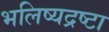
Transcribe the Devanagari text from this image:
भलिष्यद्रष्टा